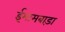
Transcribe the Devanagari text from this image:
ईमामबाड़ा